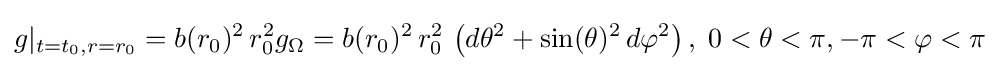
g|_{t=t_{0},r=r_{0}}=b(r_{0})^{2}\,r_{0}^{2}g_{\Omega }=b(r_{0})^{2}\,r_{0}^{2}\,\left(d\theta ^{2}+\sin(\theta )^{2}\,d\varphi ^{2}\right),\;0<\theta <\pi ,-\pi <\varphi <\pi